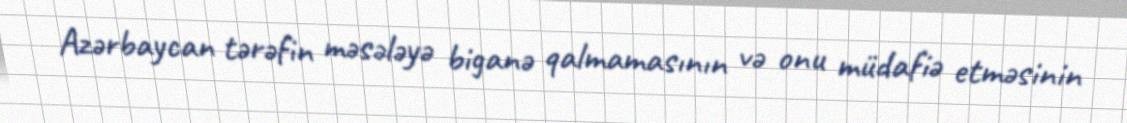
Azərbaycan tərəfin məsələyə biganə qalmamasının və onu müdafiə etməsinin